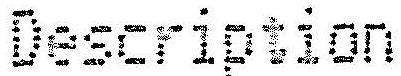
DESCRIPTION